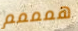
همممم